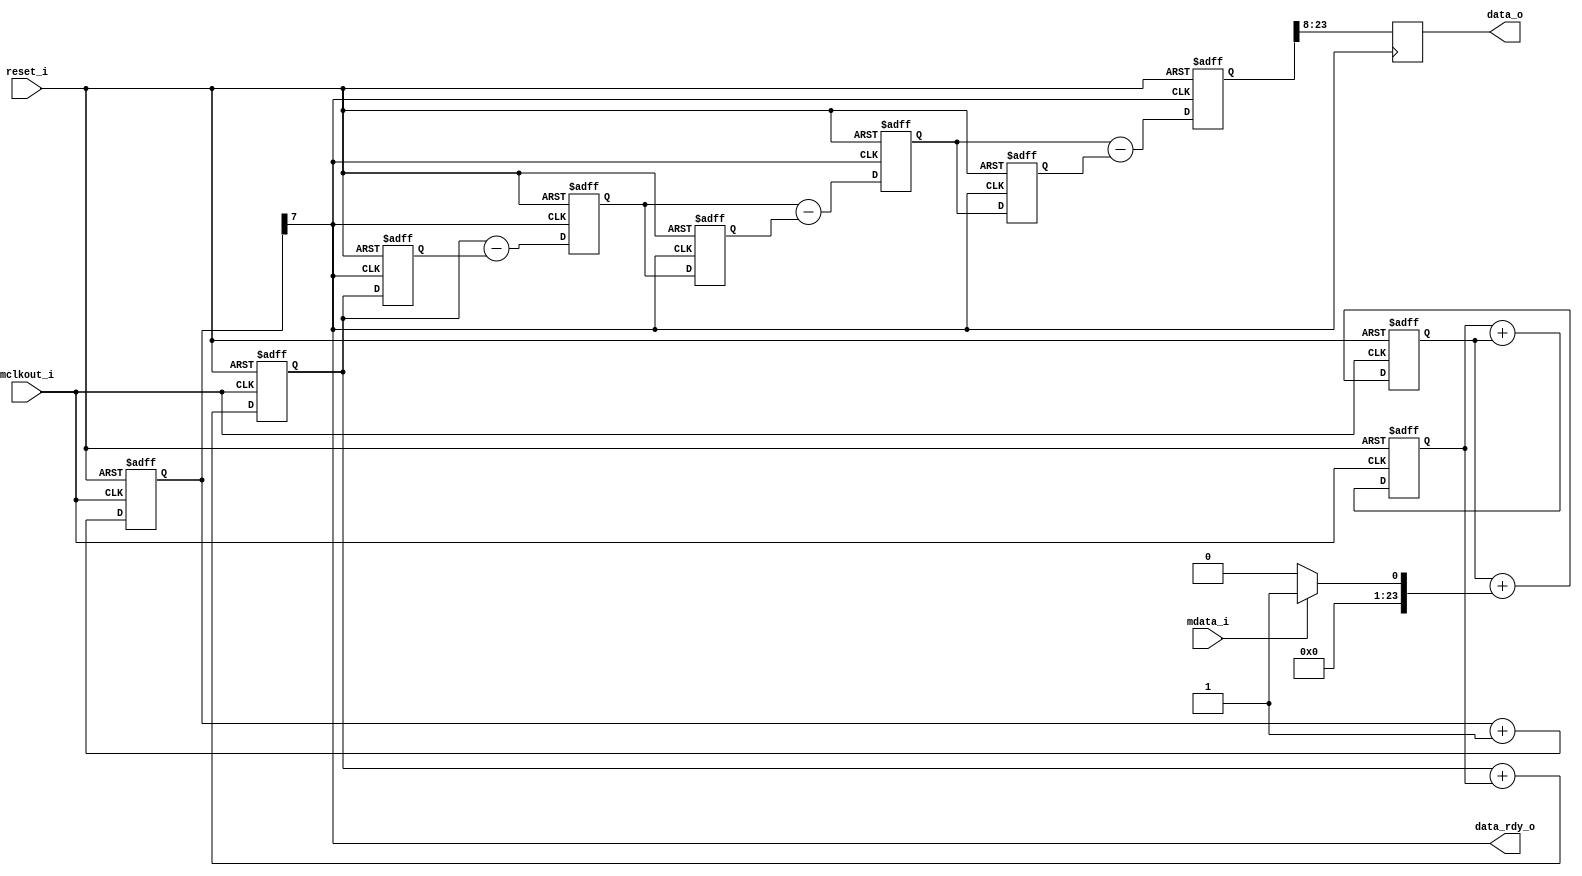
module dec256sinc24b
(
    input                       reset_i,
    input                       mclkout_i,
    input                       mdata_i,

    output                      data_rdy_o,     // signals when new data is available
    output reg  [15:0]          data_o          // outputs filtered data
);

//------------------------------------------------------------------------------
//----------- Registers Declarations -------------------------------------------
//------------------------------------------------------------------------------

reg [23:0]  ip_data1;
reg [23:0]  acc1;
reg [23:0]  acc2;
reg [23:0]  acc3;
reg [23:0]  acc3_d1;
reg [23:0]  acc3_d2;
reg [23:0]  diff1;
reg [23:0]  diff2;
reg [23:0]  diff3;
reg [23:0]  diff1_d;
reg [23:0]  diff2_d;
reg [7:0]   word_count;
reg         word_clk;

//------------------------------------------------------------------------------
//----------- Assign/Always Blocks ---------------------------------------------
//------------------------------------------------------------------------------

assign data_rdy_o = word_clk;

/* Perform the Sinc ACTION */
always @(mdata_i)
begin
    if(mdata_i == 0)
    begin
        ip_data1    <= 0;
    end
    else
    begin
        ip_data1    <= 1;
    end
end

/*ACCUMULATOR (INTEGRATOR) 
* Perform the accumulation (IIR) at the speed of the modulator.
* mclkout_i = modulators conversion bit rate */
always @(negedge mclkout_i or posedge reset_i)
begin
    if( reset_i == 1'b1 )
    begin
        /*initialize acc registers on reset*/
        acc1    <= 0;
        acc2    <= 0;
        acc3    <= 0;
    end
    else
    begin
        /*perform accumulation process*/
        acc1    <= acc1 + ip_data1;
        acc2    <= acc2 + acc1;
        acc3    <= acc3 + acc2;
    end
end

/*DECIMATION STAGE (MCLKOUT_I/ WORD_CLK) */
always@(posedge mclkout_i or posedge reset_i )
begin
    if(reset_i == 1'b1)
    begin
        word_count  <= 0;
    end
    else
    begin
        word_count <= word_count + 1;
    end
end

always @(word_count)
begin
    word_clk <= word_count[7];
end

/*DIFFERENTIATOR (including decimation stage) 
* Perform the differentiation stage (FIR) at a lower speed.
WORD_CLK = output word rate */
always @(posedge word_clk or posedge reset_i)
begin
    if(reset_i == 1'b1)
    begin
        acc3_d2 <= 0;
        diff1_d <= 0;
        diff2_d <= 0;
        diff1   <= 0;
        diff2   <= 0;
        diff3   <= 0;
    end
    else
    begin
        diff1   <= acc3 - acc3_d2;
        diff2   <= diff1 - diff1_d;
        diff3   <= diff2 - diff2_d;
        acc3_d2 <= acc3;
        diff1_d <= diff1;
        diff2_d <= diff2;
    end
end

/*  Clock the Sinc output into an output register
    Clocking Sinc Output into an Output Register
WORD_CLK = output word rate */
always @(posedge word_clk)
begin
    data_o[15]  <= diff3[23];
    data_o[14]  <= diff3[22];
    data_o[13]  <= diff3[21];
    data_o[12]  <= diff3[20];
    data_o[11]  <= diff3[19];
    data_o[10]  <= diff3[18];
    data_o[9]   <= diff3[17];
    data_o[8]   <= diff3[16];
    data_o[7]   <= diff3[15];
    data_o[6]   <= diff3[14];
    data_o[5]   <= diff3[13];
    data_o[4]   <= diff3[12];
    data_o[3]   <= diff3[11];
    data_o[2]   <= diff3[10];
    data_o[1]   <= diff3[9];
    data_o[0]   <= diff3[8];
end

endmodule